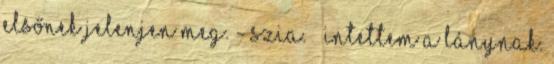
elsőnek jelenjen meg. - Szia. – Intettem a lánynak.